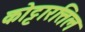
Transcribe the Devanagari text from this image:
कोट्टारत्तिल